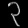
Digit: ၃